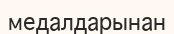
медалдарынан